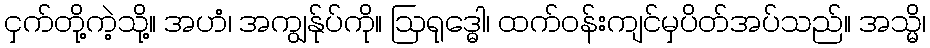
ငှက်တို့ကဲ့သို့။ အဟံ၊ အကျွန်ုပ်ကို။ ဩရုဒ္ဓေါ၊ ထက်ဝန်းကျင်မှပိတ်အပ်သည်။ အသ္မိ၊